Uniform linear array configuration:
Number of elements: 4
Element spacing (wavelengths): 0.25
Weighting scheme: kaiser
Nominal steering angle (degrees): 0
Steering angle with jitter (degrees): -0.8303
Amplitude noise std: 0.05
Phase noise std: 0.05

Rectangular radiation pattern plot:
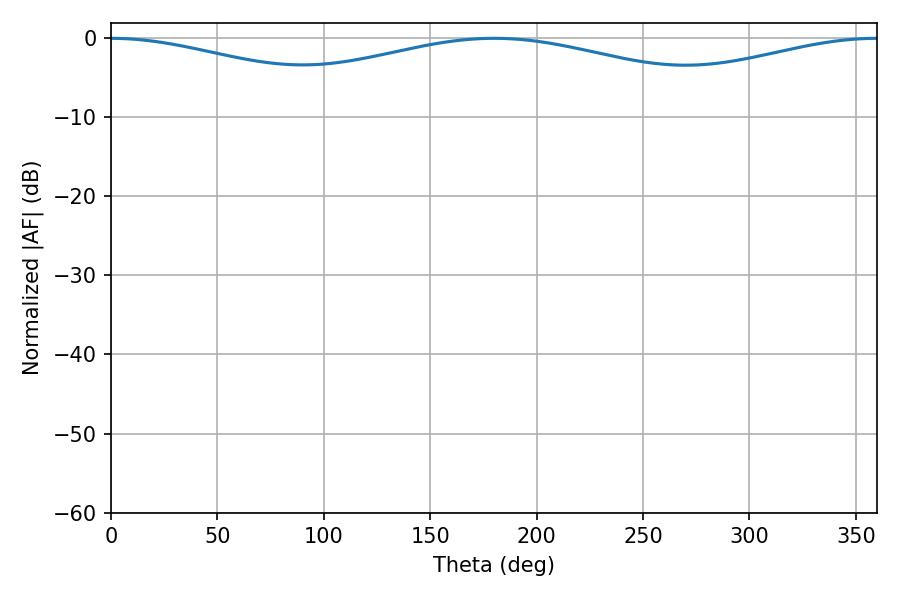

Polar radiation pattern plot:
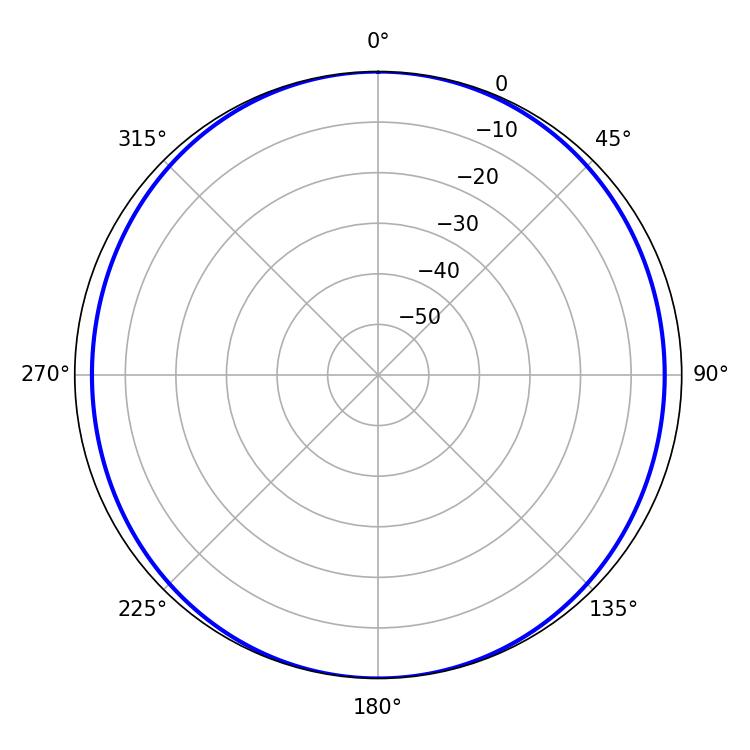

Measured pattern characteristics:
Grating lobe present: FALSE
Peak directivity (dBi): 26.696
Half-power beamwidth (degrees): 71.64
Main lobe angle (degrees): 0